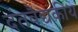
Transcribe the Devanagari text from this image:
दंतवैद्यकीय